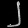
Digit: ၂